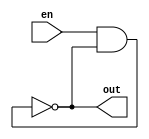
`timescale 1ns / 1ps

module ro1(
				input en,
				output out
			);
	 
       (* S= "TRUE"*)(* ALLOW_COMBINATORIAL_LOOPS = "true", KEEP = "true" *) 
	    wire w1, w2, w3,w4,w5, w6, w7, w8, w9,w10,w11,w12,w13,w14,w15,w16,w17, 
		w18, w19,w20,w21,w22,w23,w24,w25,w26,w27,w28,w29,w30,
		 w31,w32,w33,w34,w35,w36,w37,w38,w39,w40,w41,
       w42, w43,w44,w45, w46, w47, w48, w49,w50 ,
		  w51, w52, w53,w54,w55, w56, w57, w58, w59,w60,
		 w61, w62, w63,w64,w65, w66, w67, w68, w69,w70,
		 w71, w72, w73,w74,w75, w76, w77, w78, w79,w80,
		  w81, w82, w83,w84,w85, w86, w87, w88, w89,w90,
		  w91, w92, w93,w94,w95, w96, w97, w98, w99,w100,
		 w101, w102, w103,w104,w105, w106, w107, w108, w109,w110,
		  w111, w112, w113,w114,w115, w116, w117, w118, w119,w120,
		  w121, w122, w123,w124,w125, w126, w127, w128, w129,w130,
		  w131, w132, w133,w134,w135, w136, w137, w138, w139,w140, w141;  
		
		  
        and #1(w1, en, out);
        not #1(w2, w1);
        not #1(w3, w2);
        not #1(w4,w3);
        not #5(w5, w4);
        not #1(w6, w5);
        not #1(w7, w6);
        not #1(w8, w7);
        not #1(w9, w8);
        not #1(w10, w9);
        not #1(w11, w10);
        not #1(w12, w11);
        not #1(w13, w12);
		  
       not #1(w14, w13);
        not #1(w15, w14);
        not #1(w16, w15);
        not #1(w17, w16);
        not #1(w18, w17);
        not #1(w19, w18);
        not #1(w20, w19);
        not #1(w21, w20);
        not #1(w22, w21);
        not #1(w23, w22);
        not #1(w24, w23);
        not #1(w25, w24);
        not #1(w26, w25);
        not #1(w27, w26);
        not #1(w28, w27);
        not #1(w29, w28);
        not #1(w30, w29);
        not #1(w31, w30);
        not #1(w32, w31);
        not #1(w33, w32);
        not #1(w34, w33);
        not #1(w35, w34);
        not #1(w36, w35);
        not #1(w37, w36);
        not #1(w38, w37);
        not #1(w39, w38);
        not #1(w40, w39);
        not #1(w41, w40);
		  not #1(w42, w41);
		 
        not #1(w43, w42);
        not #1(w44,w43);
        not #1(w45, w44);
        not #1(w46, w45);
        not #1(w47, w46);
        not #1(w48, w47);
        not #1(w49, w48);
        not #1(w50, w49);
		  not #1(w51, w50);
		  not #1(w52, w51);
        not #1(w53, w52);
        not #1(w54, w53);
        not #1(w55, w54);
        not #1(w56, w55);
        not #1(w57, w56);
        not #1(w58, w57);
        not #1(w59, w58);
        not #1(w60, w59);
		  not #1(w61, w60);
		  not #1(w62, w61);
        not #1(w63, w62);
        not #1(w64, w63);
        not #1(w65, w64);
        not #1(w66, w65);
        not #1(w67, w66);
        not #1(w68, w67);
        not #1(w69, w68);
        not #1(w70, w69);
        not #1(w71, w70);
		  
		  not #1(w72, w71);
        not #1(w73, w72);
        not #1(w74, w73);
        not #1(w75, w74);
        not #1(w76, w75);
        not #1(w77, w76);
        not #1(w78, w77);
        not #1(w79, w78);
        not #1(w80, w79);
        not #1(w81, w80);
		  
		  not #1(w82, w81);
        not #1(w83, w82);
        not #1(w84, w83);
        not #1(w85, w84);
        not #1(w86, w85);
        not #1(w87, w86);
        not #1(w88, w87);
        not #1(w89, w88);
        not #1(w90, w89);
        not #1(w91, w90);
		  
		  not #1(w92, w91);
        not #1(w93, w92);
        not #1(w94, w93);
        not #1(w95, w94);
        not #1(w96, w95);
        not #1(w97, w96);
        not #1(w98, w97);
        not #1(w99, w98);
        not #1(w100, w99);
        not #1(w101, w100);
		  
		  not #1(w102, w101);
        not #1(w103, w102);
        not #1(w104, w103);
        not #1(w105, w104);
        not #1(w106, w105);
        not #1(w107, w106);
        not #1(w108, w107);
        not #1(w109, w108);
        not #1(w110, w109);
        not #1(w111, w110);
		  
		  not #1(w112, w111);
        not #1(w113, w112);
        not #1(w114, w113);
        not #1(w115, w114);
        not #1(w116, w115);
        not #1(w117, w116);
        not #1(w118, w117);
        not #1(w119, w118);
        not #1(w120, w119);
        not #1(w121, w120);
		  
		  not #1(w122, w121);
        not #1(w123, w122);
        not #1(w124, w123);
        not #1(w125, w124);
        not #1(w126, w125);
        not #1(w127, w126);
        not #1(w128, w127);
        not #1(w129, w128);
        not #1(w130, w129);
        not #1(w131, w130);
		  
        not #1(w132, w131);
        not #1(w133, w132);
        not #1(w134, w133);
        not #1(w135, w134);
        not #1(w136, w135);
        not #1(w137, w136);
        not #1(w138, w137);
        not #1(w139, w138);
        not #1(w140, w139);
        not #1(w141, w140);
		  
		   not #1(out, w141);
		
endmodule